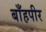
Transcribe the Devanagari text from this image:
बाँहपीर